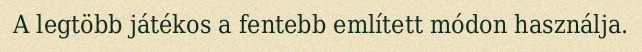
A legtöbb játékos a fentebb említett módon használja.